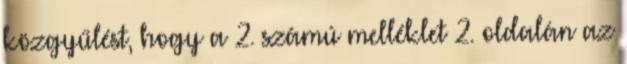
közgyűlést, hogy a 2. számú melléklet 2. oldalán az